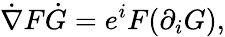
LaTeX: {\dot{\nabla}}F{\dot{G}}=e^{i}F(\partial_{i}G),